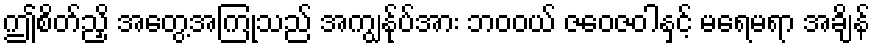
ဤစိတ်ညှိ အတွေ့အကြုံသည် အကျွန်ုပ်အား ဘဝဝယ် ဇဝေဇဝါနှင့် မရေမရာ အချိန်